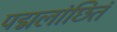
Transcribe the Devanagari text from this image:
पद्मलांछितं